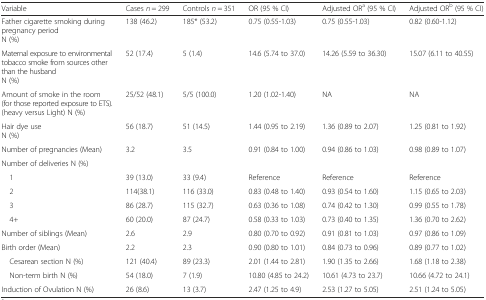
<table><thead><tr><td><b>Variable</b></td><td><b>Cases <i>n</i> = 299</b></td><td><b>Controls <i>n</i> = 351</b></td><td><b>OR (95 % CI)</b></td><td><b>Adjusted OR<sup>a</sup> (95 % CI)</b></td><td><b>Adjusted OR<sup>b</sup> (95 % CI)</b></td></tr></thead><tbody><tr><td>Father cigarette smoking during pregnancy periodN (%)</td><td>138 (46.2)</td><td>185* (53.2)</td><td>0.75 (0.55-1.03)</td><td>0.75 (0.55-1.03)</td><td>0.82 (0.60-1.12)</td></tr><tr><td>Maternal exposure to environmental tobacco smoke from sources other than the husbandN (%)</td><td>52 (17.4)</td><td>5 (1.4)</td><td>14.6 (5.74 to 37.0)</td><td>14.26 (5.59 to 36.30)</td><td>15.07 (6.11 to 40.55)</td></tr><tr><td>Amount of smoke in the room (for those reported exposure to ETS).(heavy versus Light) N (%)</td><td>25/52 (48.1)</td><td>5/5 (100.0)</td><td>1.20 (1.02-1.40)</td><td>NA</td><td>NA</td></tr><tr><td>Hair dye useN (%)</td><td>56 (18.7)</td><td>51 (14.5)</td><td>1.44 (0.95 to 2.19)</td><td>1.36 (0.89 to 2.07)</td><td>1.25 (0.81 to 1.92)</td></tr><tr><td>Number of pregnancies (Mean)</td><td>3.2</td><td>3.5</td><td>0.91 (0.84 to 1.00)</td><td>0.94 (0.86 to 1.03)</td><td>0.98 (0.89 to 1.07)</td></tr><tr><td colspan="6">Number of deliveries N (%)</td></tr><tr><td> 1</td><td>39 (13.0)</td><td>33 (9.4)</td><td>Reference</td><td>Reference</td><td>Reference</td></tr><tr><td> 2</td><td>114(38.1)</td><td>116 (33.0)</td><td>0.83 (0.48 to 1.40)</td><td>0.93 (0.54 to 1.60)</td><td>1.15 (0.65 to 2.03)</td></tr><tr><td> 3</td><td>86 (28.7)</td><td>115 (32.7)</td><td>0.63 (0.36 to 1.08)</td><td>0.74 (0.42 to 1.30)</td><td>0.99 (0.55 to 1.78)</td></tr><tr><td> 4+</td><td>60 (20.0)</td><td>87 (24.7)</td><td>0.58 (0.33 to 1.03)</td><td>0.73 (0.40 to 1.35)</td><td>1.36 (0.70 to 2.62)</td></tr><tr><td>Number of siblings (Mean)</td><td>2.6</td><td>2.9</td><td>0.80 (0.70 to 0.92)</td><td>0.91 (0.81 to 1.03)</td><td>0.97 (0.86 to 1.09)</td></tr><tr><td>Birth order (Mean)</td><td>2.2</td><td>2.3</td><td>0.90 (0.80 to 1.01)</td><td>0.84 (0.73 to 0.96)</td><td>0.89 (0.77 to 1.02)</td></tr><tr><td> Cesarean section N (%)</td><td>121 (40.4)</td><td>89 (23.3)</td><td>2.01 (1.44 to 2.81)</td><td>1.90 (1.35 to 2.66)</td><td>1.68 (1.18 to 2.38)</td></tr><tr><td> Non-term birth N (%)</td><td>54 (18.0)</td><td>7 (1.9)</td><td>10.80 (4.85 to 24.2)</td><td>10.61 (4.73 to 23.7)</td><td>10.66 (4.72 to 24.1)</td></tr><tr><td>Induction of Ovulation N (%)</td><td>26 (8.6)</td><td>13 (3.7)</td><td>2.47 (1.25 to 4.9)</td><td>2.53 (1.27 to 5.05)</td><td>2.51 (1.24 to 5.05)</td></tr></tbody></table>